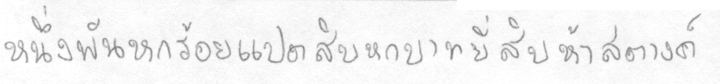
หนึ่งพันหกร้อยแปดสิบบหกบาทยี่สิบห้าสตางค์